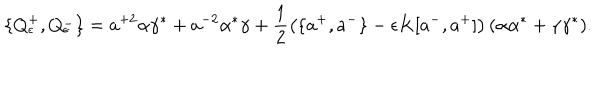
\{ Q _ { \epsilon } ^ { + } , Q _ { \epsilon } ^ { - } \} = a ^ { + 2 } \alpha \gamma ^ { * } + a ^ { - 2 } \alpha ^ { * } \gamma + \frac { 1 } { 2 } \left( \{ a ^ { + } , a ^ { - } \} - \epsilon K [ a ^ { - } , a ^ { + } ] \right) ( \alpha \alpha ^ { * } + \gamma \gamma ^ { * } ) .